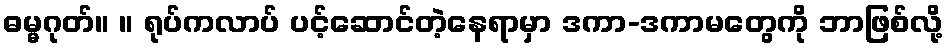
ဓမ္မဂုတ်။ ။ ရုပ်ကလာပ် ပင့်ဆောင်တဲ့နေရာမှာ ဒကာ-ဒကာမတွေကို ဘာဖြစ်လို့